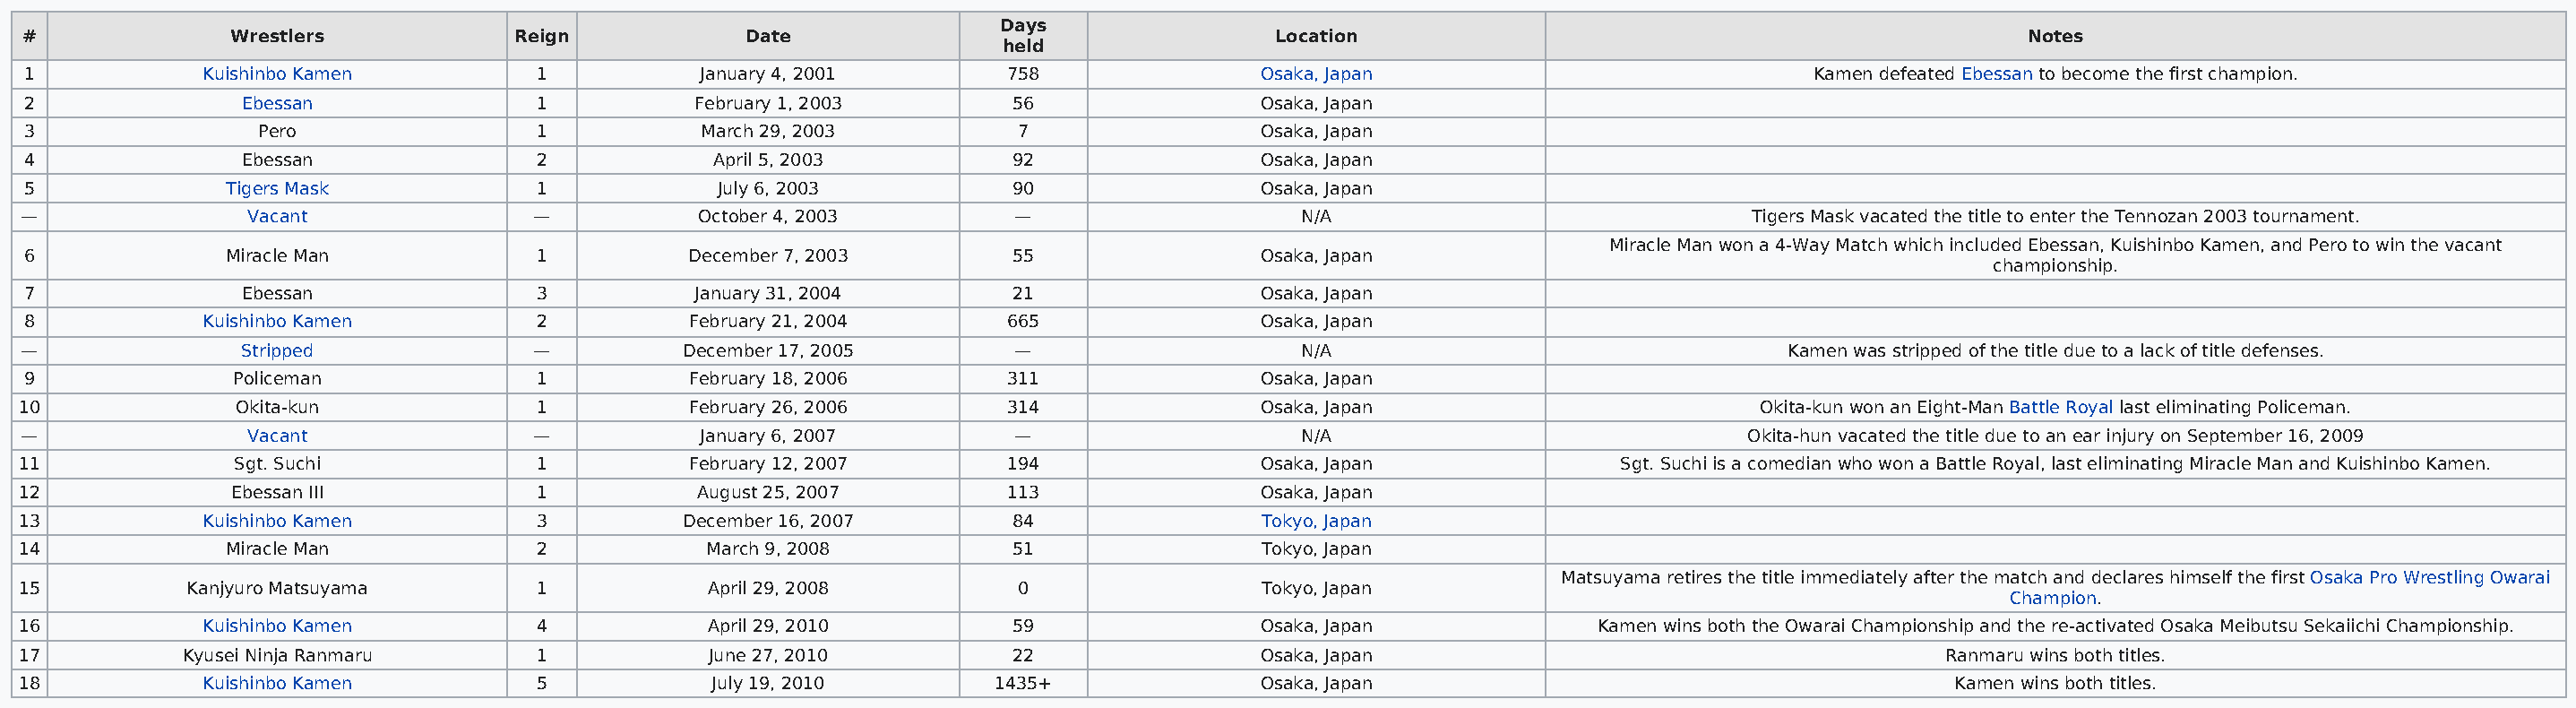
Days
 #              Wrestlers            Reign            Date                                   Location                                                Notes
 held
 1            Kuishinbo Kamen          1           January 4, 2001       758                Osaka, Japan                             Kamen defeated Ebessan to become the first champion.
 2               Ebessan               1          February 1, 2003        56                Osaka, Japan
 3                Pero                 1           March 29, 2003         7                 Osaka, Japan
 4               Ebessan               2            April 5, 2003         92                Osaka, Japan
 5              Tigers Mask            1            July 6, 2003          90                Osaka, Japan
 —               Vacant               —            October 4, 2003        —                    N/A                              Tigers Mask vacated the title to enter the Tennozan 2003 tournament.
 Miracle Man won a 4-Way Match which included Ebessan, Kuishinbo Kamen, and Pero to win the vacant
 6              Miracle Man            1          December 7, 2003        55                Osaka, Japan
 championship.
 7               Ebessan               3          January 31, 2004        21                Osaka, Japan
 8            Kuishinbo Kamen          2          February 21, 2004      665                Osaka, Japan
 —               Stripped             —          December 17, 2005        —                    N/A                                 Kamen was stripped of the title due to a lack of title defenses.
 9              Policeman              1          February 18, 2006      311                Osaka, Japan
 10              Okita-kun              1          February 26, 2006      314                Osaka, Japan                         Okita-kun won an Eight-Man Battle Royal last eliminating Policeman.
 —               Vacant               —            January 6, 2007        —                    N/A                              Okita-hun vacated the title due to an ear injury on September 16, 2009
 11              Sgt. Suchi             1          February 12, 2007      194                Osaka, Japan               Sgt. Suchi is a comedian who won a Battle Royal, last eliminating Miracle Man and Kuishinbo Kamen.
 12              Ebessan III            1           August 25, 2007       113                Osaka, Japan
 13            Kuishinbo Kamen          3         December 16, 2007        84                Tokyo, Japan
 14              Miracle Man            2           March 9, 2008          51                Tokyo, Japan
 Matsuyama retires the title immediately after the match and declares himself the first Osaka Pro Wrestling Owarai
 15           Kanjyuro Matsuyama        1           April 29, 2008         0                 Tokyo, Japan
 Champion.
 16            Kuishinbo Kamen          4           April 29, 2010         59                Osaka, Japan             Kamen wins both the Owarai Championship and the re-activated Osaka Meibutsu Sekaiichi Championship.
 17          Kyusei Ninja Ranmaru       1           June 27, 2010          22                Osaka, Japan                                       Ranmaru wins both titles.
 18            Kuishinbo Kamen          5            July 19, 2010       1435+               Osaka, Japan                                       Kamen wins both titles.